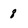
Character: 8